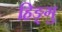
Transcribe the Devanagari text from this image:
हिङ्गु